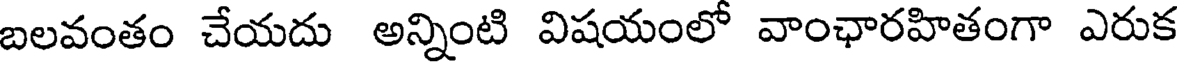
బలవంతం చేయదు అన్నింటి విషయంలో వాంఛారహితంగా ఎరుక